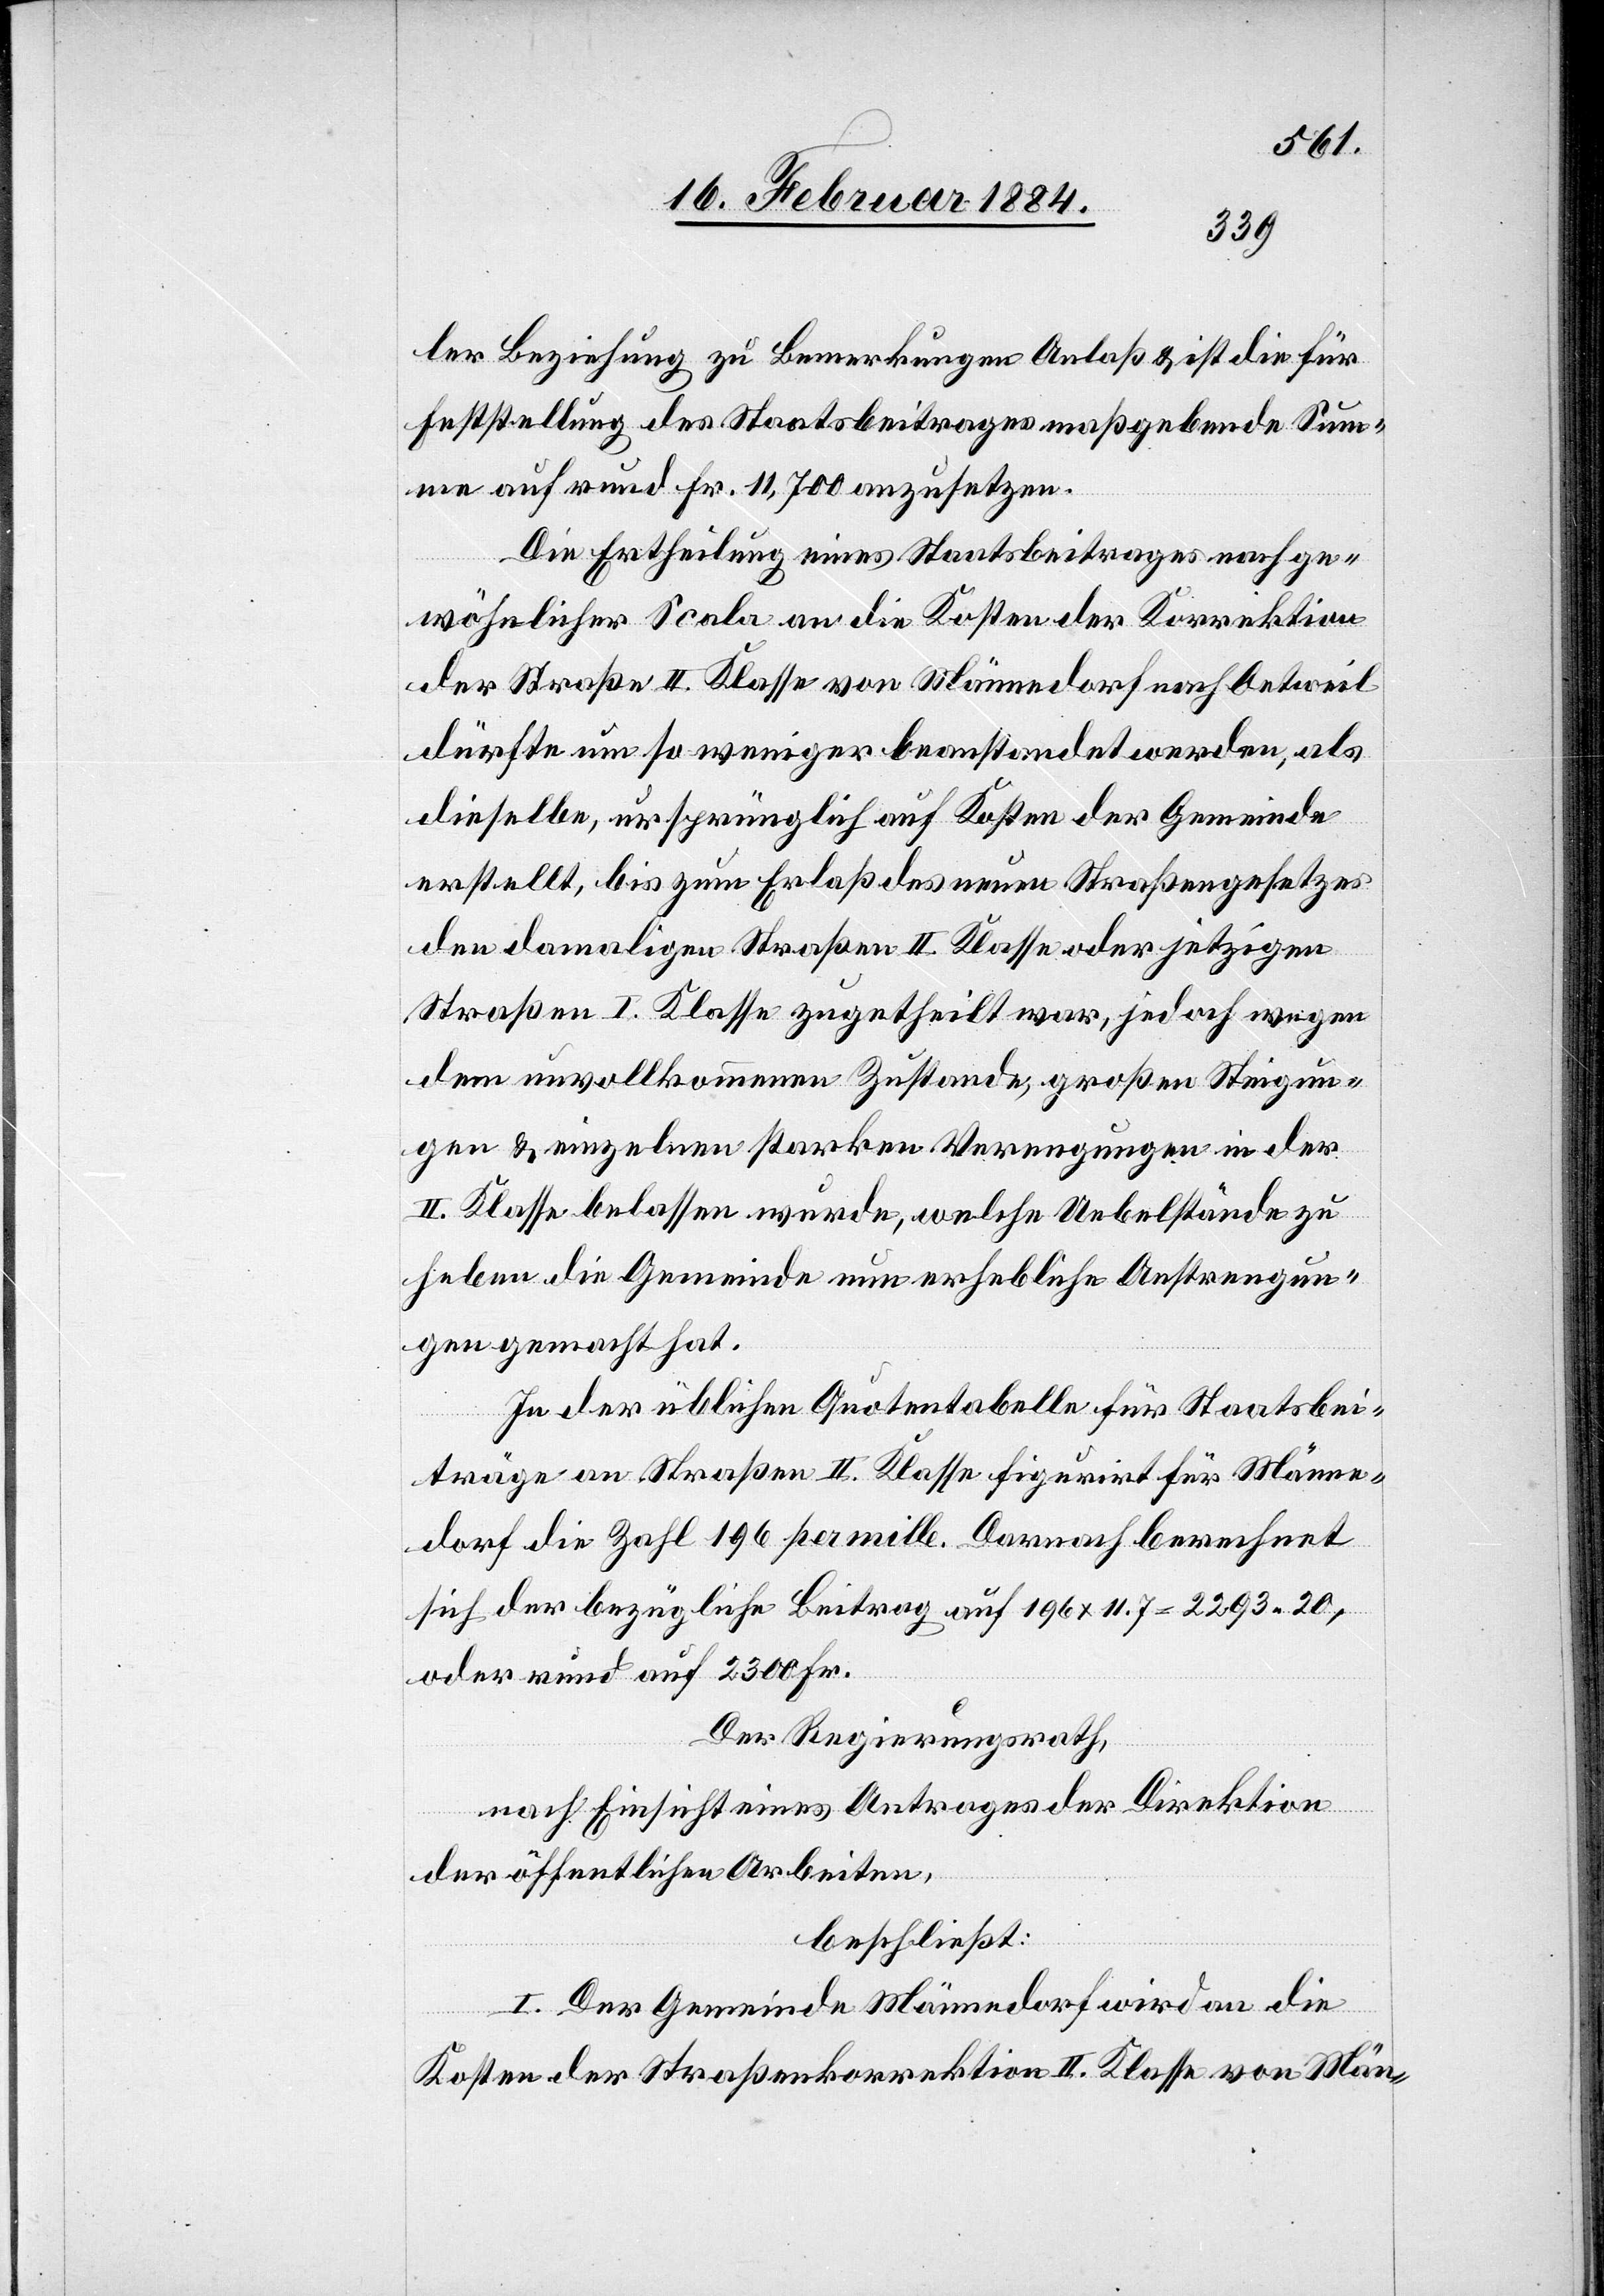
2300
ler Beziehung zu Bemerkungen Anlaß & ist die für
Feststellung des Staatsbeitrages maßgebende Sum¬
me auf rund Fr. 11,700 anzusetzen.
Die Ertheilung eines Staatsbeitrages nach ge¬
wöhnlicher Scala an die Kosten der Korrektion
der Straße II. Klasse von Männedorf nach Oetweil
dürfte um so weniger beanstandet werden, als
dieselbe, ursprünglich auf Kosten der Gemeinde
erstellt, bis zum Erlaß des neuen Straßengesetzes
den damaligen Straßen II. Klasse oder jetzigen
Straßen I. Klasse zugetheilt war, jedoch wegen
dem unvollkommenen Zustande großen Steigun¬
gen & einzelnen starken Verengungen in der
II. Klasse belassen wurde, welche Uebelstände zu
heben die Gemeinde nun erhebliche Anstrengun¬
gen gemacht hat.
In der üblichen Quotentabelle für Staatsbei¬
oder rund
träge an Straßen II. Klasse figurirt für Männe¬
dorf die Zahl 196 per mille. Darnach berechnet
sich der bezügliche Beitrag auf 196 x 11,7 = 2293.20,
Der Regierungsrath
Fr.
nach Einsicht eines Antrages der Direktion
der öffentlichen Arbeiten,
beschließt:
I. Der Gemeinde Männedorf wird an die
Kosten der Straßenkorrektion II. Klasse von Män-